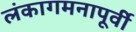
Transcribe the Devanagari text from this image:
लंकागमनापूर्वी